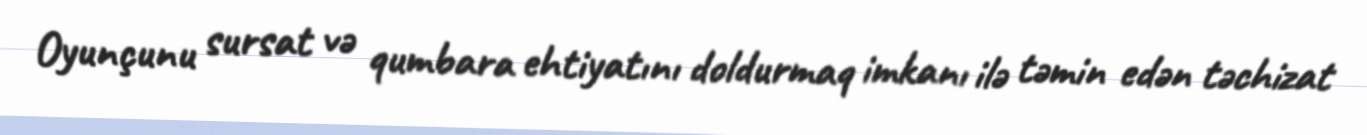
Oyunçunu sursat və qumbara ehtiyatını doldurmaq imkanı ilə təmin edən təchizat